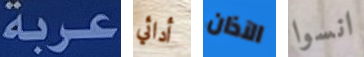
عربة أدائي الآذان انسوا